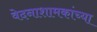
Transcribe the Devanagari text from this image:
वेदनाशामकांच्या